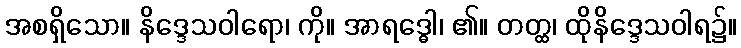
အစရှိသော။ နိဒ္ဒေသဝါရော၊ ကို။ အာရဒ္ဓေါ၊ ၏။ တတ္ထ၊ ထိုနိဒ္ဒေသဝါရ၌။